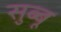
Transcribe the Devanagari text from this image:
सुब्बू